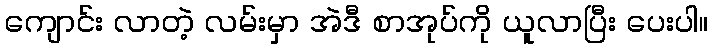
ကျောင်း လာတဲ့ လမ်းမှာ အဲဒီ စာအုပ်ကို ယူလာပြီး ပေးပါ။